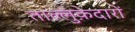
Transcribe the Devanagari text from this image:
ताल्लुक़ेदारों